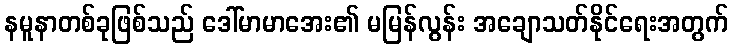
နမူနာတစ်ခုဖြစ်သည် ဒေါ်မာမာအေး၏ မမြန်လွန်း အချောသတ်နိုင်ရေးအတွက်